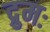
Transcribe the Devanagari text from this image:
द्रुमः